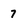
Character: 7